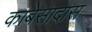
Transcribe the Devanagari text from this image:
काबेसादास